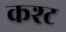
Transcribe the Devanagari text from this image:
कश्ट